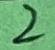
Text: 2